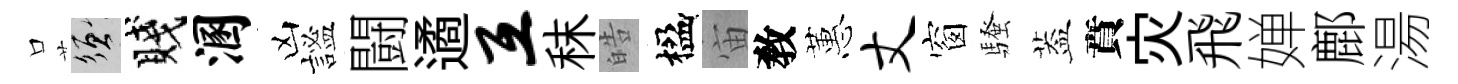
口須賤溷凶謐闘遹互秣皓楹宙敎蕙丈窗騷葢賁灾飛婵鄜湯